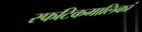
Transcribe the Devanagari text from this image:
स्फटिकमालिकां